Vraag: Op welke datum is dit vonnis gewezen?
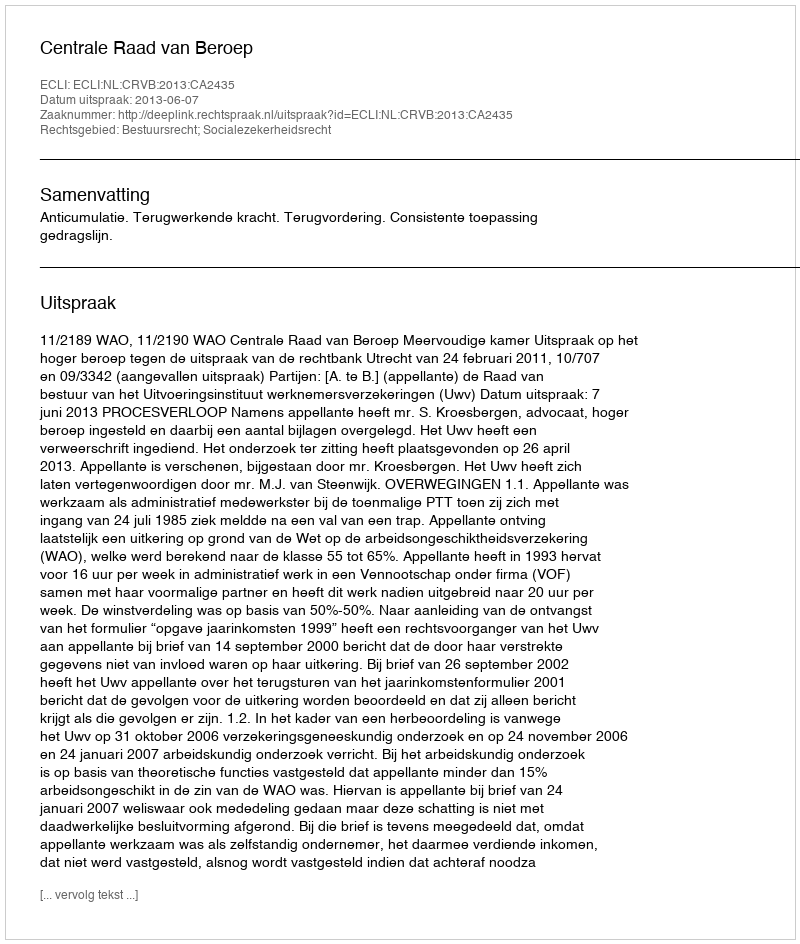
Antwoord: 2013-06-07